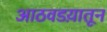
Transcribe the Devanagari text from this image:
आठवडय़ातून